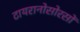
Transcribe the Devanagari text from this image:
टायरानोसोरसों